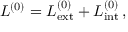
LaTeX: L ^ { ( 0 ) } = L _ { \mathrm { e x t } } ^ { ( 0 ) } + L _ { \mathrm { i n t } } ^ { ( 0 ) } \, ,